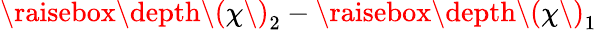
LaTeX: \raisebox{\depth}{\( \chi\) }_{2}-\raisebox{\depth}{\( \chi\) }_{1}